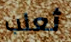
ثعلب